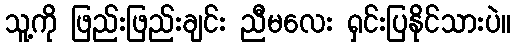
သူ့ကို ဖြည်းဖြည်းချင်း ညီမလေး ရှင်းပြနိုင်သားပဲ။